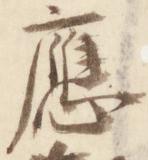
応